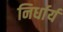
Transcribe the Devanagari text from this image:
निर्धार्य